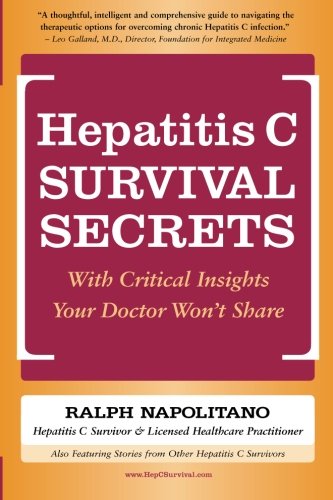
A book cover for Hepatitis C Survival Secrets: With Critical Insights Your Doctor Won't Share; Ralph Napolitano; Health, Fitness & Dieting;